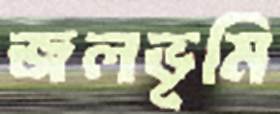
জলভূমি